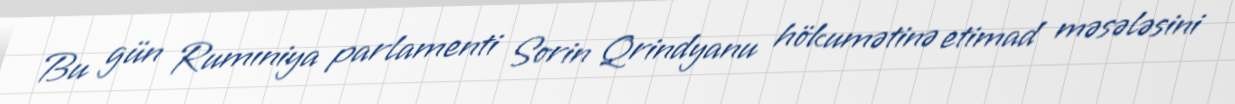
Bu gün Rumıniya parlamenti Sorin Qrindyanu hökumətinə etimad məsələsini